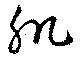
肌